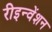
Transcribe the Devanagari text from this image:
रीइन्वेंशन